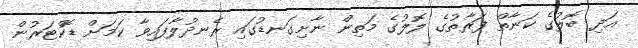
އަދި ބޮލުގެ ކަނާތް ފަރާތުގެ ލޮލުގެ މަތިން ނާށިގަނޑުގައި ރެނދުލާފައިވާ ކަމަށް ޑޮކްޓަރުން